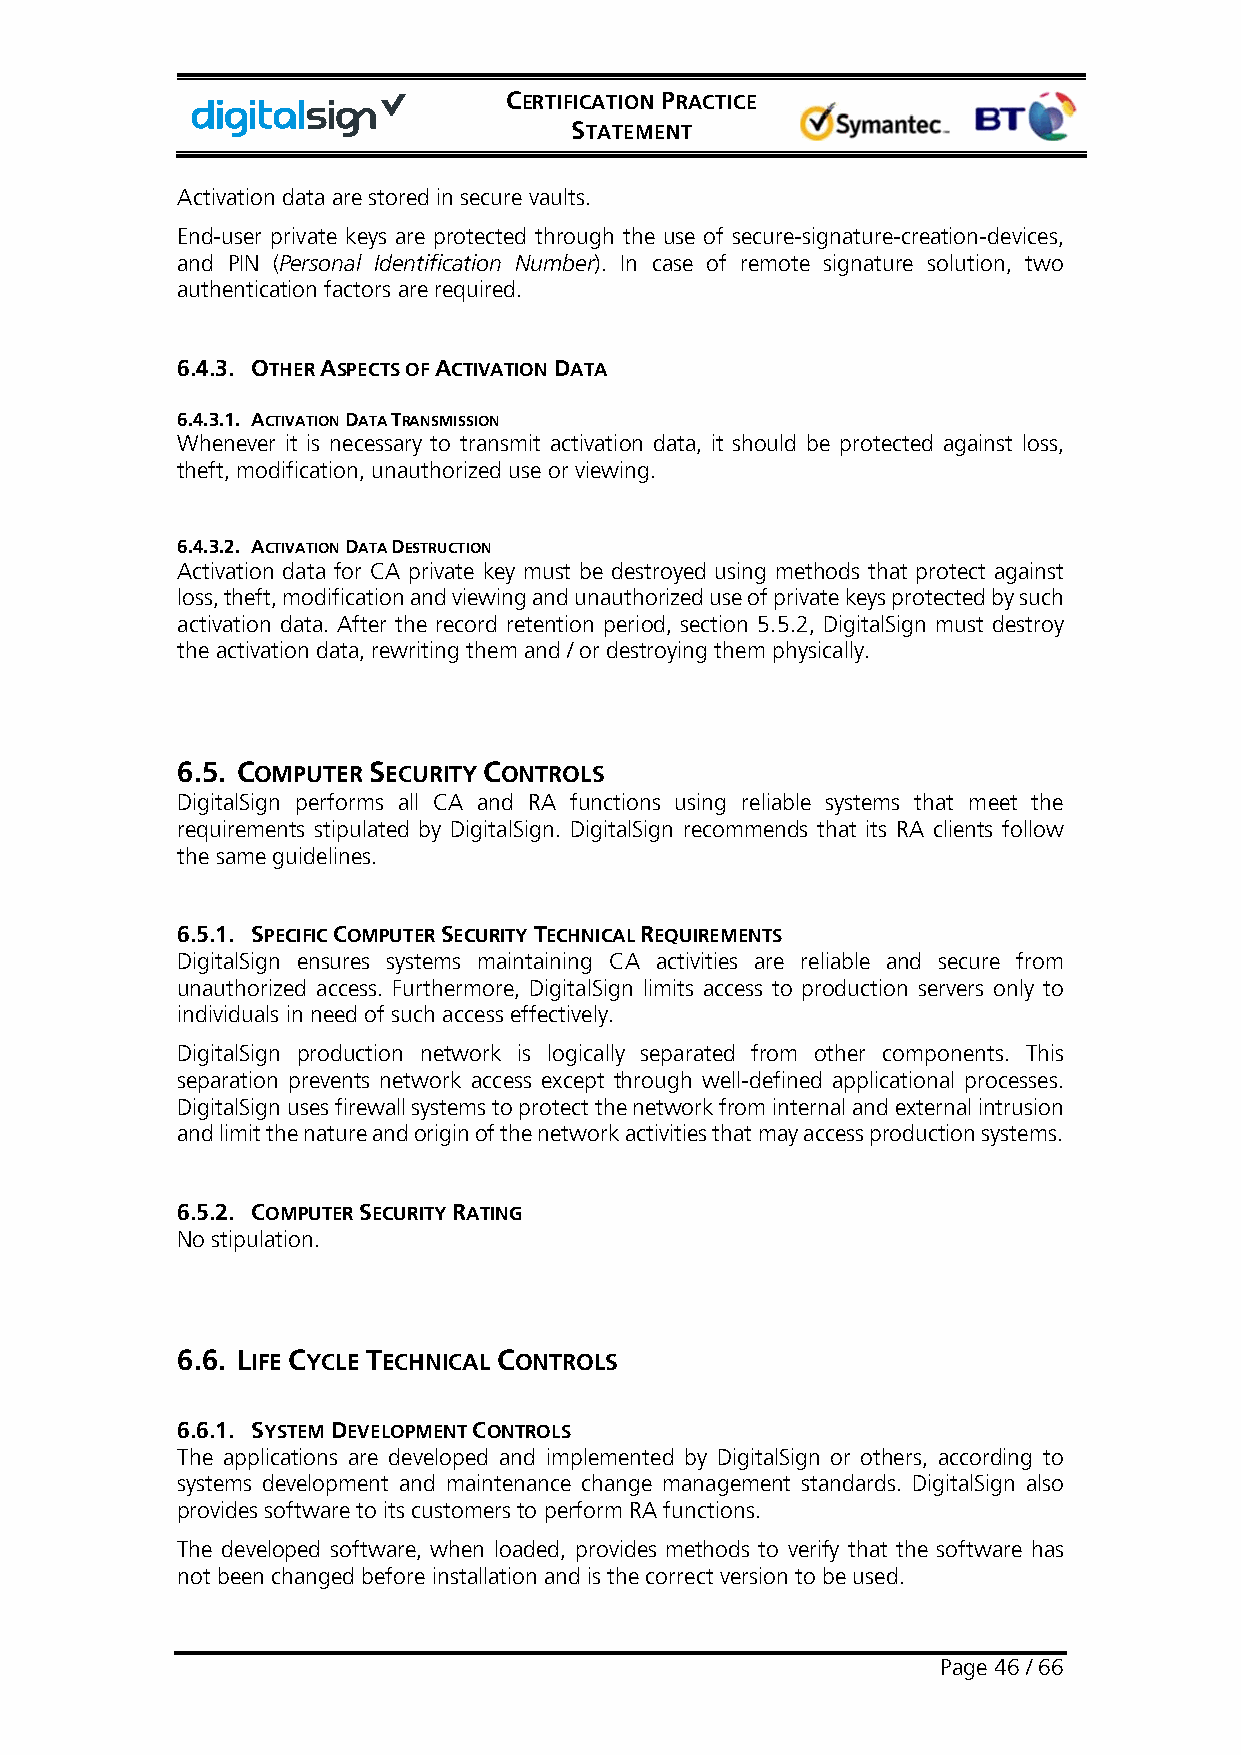
CERTIFICATION PRACTICE
 STATEMENT
 Activation data are stored in secure vaults.
 End-user private keys are protected through the use of secure-signature-creation-devices,
 and PIN (Personal Identification Number). In case of remote signature solution, two
 authentication factors are required.
 6.4.3. OTHER ASPECTS OF ACTIVATION DATA
 6.4.3.1. ACTIVATION DATA TRANSMISSION
 Whenever it is necessary to transmit activation data, it should be protected against loss,
 theft, modification, unauthorized use or viewing.
 6.4.3.2. ACTIVATION DATA DESTRUCTION
 Activation data for CA private key must be destroyed using methods that protect against
 loss, theft, modification and viewing and unauthorized use of private keys protected by such
 activation data. After the record retention period, section 5.5.2, DigitalSign must destroy
 the activation data, rewriting them and / or destroying them physically.
 6.5. COMPUTER SECURITY CONTROLS
 DigitalSign performs all CA and RA functions using reliable systems that meet the
 requirements stipulated by DigitalSign. DigitalSign recommends that its RA clients follow
 the same guidelines.
 6.5.1. SPECIFIC COMPUTER SECURITY TECHNICAL REQUIREMENTS
 DigitalSign ensures systems maintaining CA activities are reliable and secure from
 unauthorized access. Furthermore, DigitalSign limits access to production servers only to
 individuals in need of such access effectively.
 DigitalSign production network is logically separated from other components. This
 separation prevents network access except through well-defined applicational processes.
 DigitalSign uses firewall systems to protect the network from internal and external intrusion
 and limit the nature and origin of the network activities that may access production systems.
 6.5.2. COMPUTER SECURITY RATING
 No stipulation.
 6.6. LIFE CYCLE TECHNICAL CONTROLS
 6.6.1. SYSTEM DEVELOPMENT CONTROLS
 The applications are developed and implemented by DigitalSign or others, according to
 systems development and maintenance change management standards. DigitalSign also
 provides software to its customers to perform RA functions.
 The developed software, when loaded, provides methods to verify that the software has
 not been changed before installation and is the correct version to be used.
 Page 46 / 66